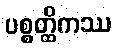
ပစ္စတ္ထိကဿ